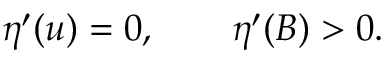
\eta ^ { \prime } ( u ) = 0 , \qquad \eta ^ { \prime } ( B ) > 0 .